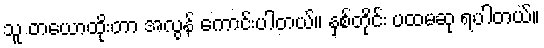
သူ တယောထိုးတာ အလွန် ကောင်းပါတယ်။ နှစ်တိုင်း ပထမဆု ရပါတယ်။